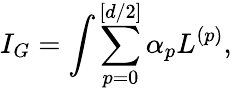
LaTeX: I_{G}=\int\sum_{p=0}^{[d/2]}\alpha_{p}L^{(p)},